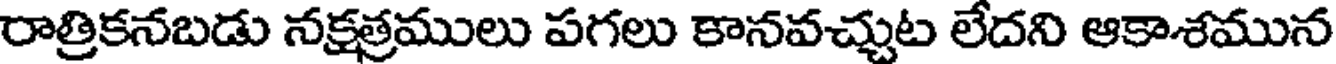
రాత్రికనబడు నక్షత్రములు పగలు కానవచ్చుట లేదని ఆకాశమున